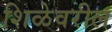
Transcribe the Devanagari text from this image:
शिळेवरील